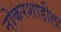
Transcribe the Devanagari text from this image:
नोकरशाहीला